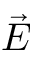
\vec { E }